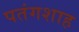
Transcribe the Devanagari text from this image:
पतंगशाह